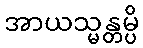
အာယသ္မန္တမ္ပိ